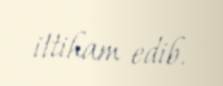
ittiham edib.